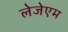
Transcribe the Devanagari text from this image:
लेजेएम